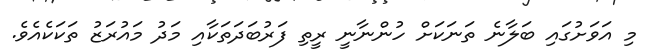
މި އަވަށުގައި ބަލާނެ ތަނަކަށް ހުންނާނީ ރީތި ފަރުބަދަތަކާއި މަދު މައުރަޒު ތަކަކެއެވެ.